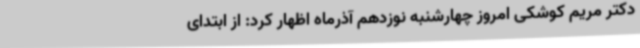
دکتر مریم کوشکی امروز چهارشنبه نوزدهم آذرماه اظهار کرد: از ابتدای